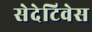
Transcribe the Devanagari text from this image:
सेदेटिवेस